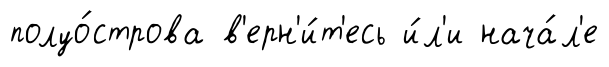
полуо́строва в'ерн'и́т'есь и́л'и нача́л'е